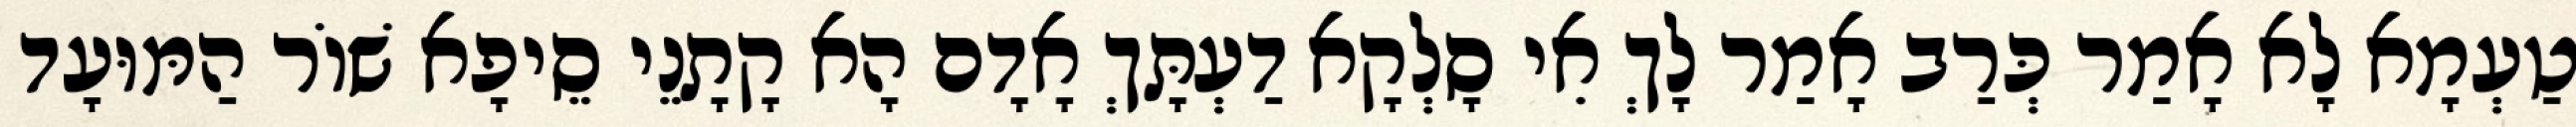
טַעְמָא לָא אָמַר כְּרַב אָמַר לָךְ אִי סָלְקָא דַעְתָּךְ אָדָם הָא קָתָנֵי סֵיפָא שׁוֹר הַמּוּעָד